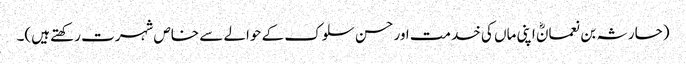
(حارثہ بن نعمانؓ اپنی ماں کی خدمت اور حسن سلوک کے حوالے سے خاص شہرت رکھتے ہیں)۔